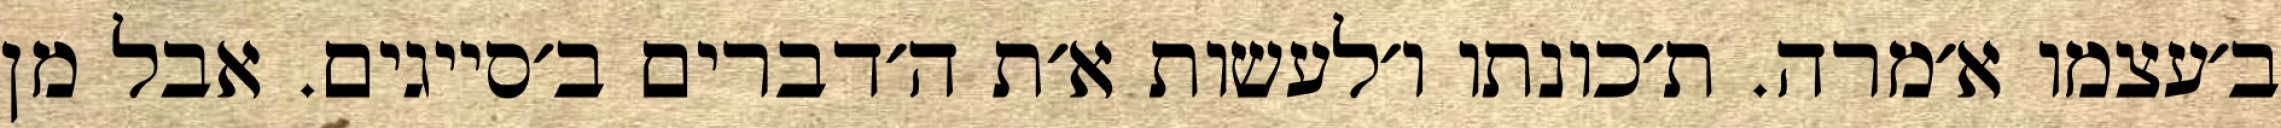
ב׳עצמו א׳מרה. ת׳כונתו ו׳לעשות א׳ת ה׳דברים ב׳סייגים. אבל מן